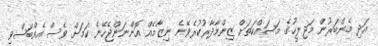
އަދި މެންބަރުން މަޖިލީހުގެ މަސައްކަތަށް ޒިންމާދާރުކުރެވޭނެ ނިޒާމެއް އޮންނަންޖެހޭނެ ކަމަށް ވެސް އެއްބަސްވި